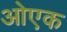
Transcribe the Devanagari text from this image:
ओएक